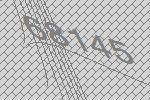
68145